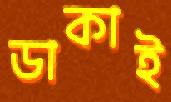
ডাকাই